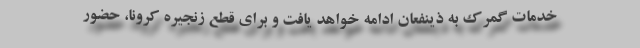
خدمات گمرک به ذینفعان ادامه خواهد یافت و برای قطع زنجیره کرونا، حضور